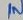
Text: IN